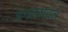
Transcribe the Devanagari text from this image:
जंगलवाचन